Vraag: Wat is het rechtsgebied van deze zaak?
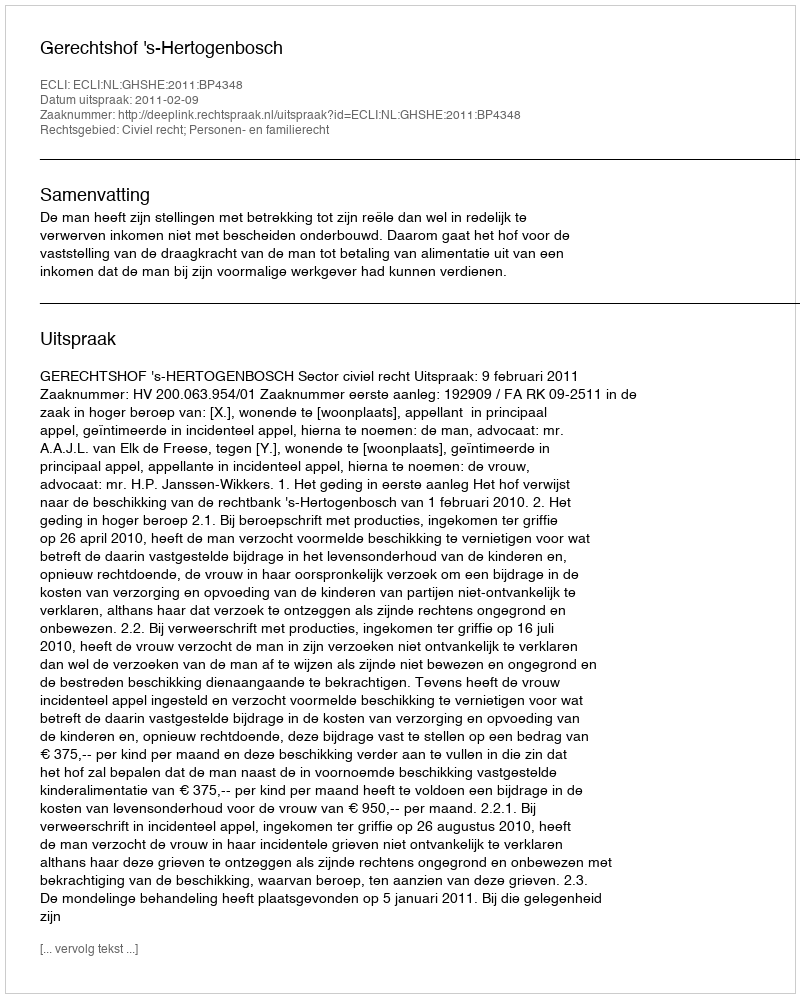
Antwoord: Civiel recht; Personen- en familierecht